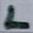
Text: L